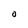
Character: o